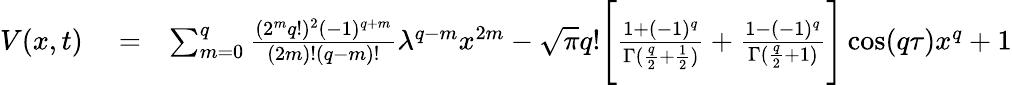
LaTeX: \begin{array}{rlr}{V(x,t)}&{{}=}&{\sum_{m=0}^{q}\frac{(2^{m}q!)^{2}(-1)^{q+m}}{(2m)!(q-m)!}\lambda^{q-m}x^{2m}-\sqrt{\pi}q!\Bigg[\frac{1+(-1)^{q}}{\Gamma(\frac{q}{2}+\frac{1}{2})}+\frac{1-(-1)^{q}}{\Gamma(\frac{q}{2}+1)}\Bigg]\cos(q\tau)x^{q}+1}\end{array}